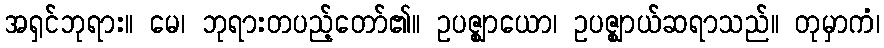
အရှင်ဘုရား။ မေ၊ ဘုရားတပည့်တော်၏။ ဥပဇ္ဈာယော၊ ဥပဇ္ဈာယ်ဆရာသည်။ တုမှာကံ၊